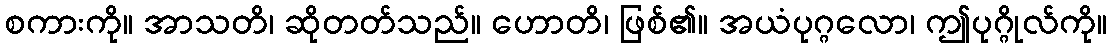
စကားကို။ အာသတိ၊ ဆိုတတ်သည်။ ဟောတိ၊ ဖြစ်၏။ အယံပုဂ္ဂလော၊ ဤပုဂ္ဂိုလ်ကို။